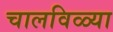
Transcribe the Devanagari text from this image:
चालविळ्या